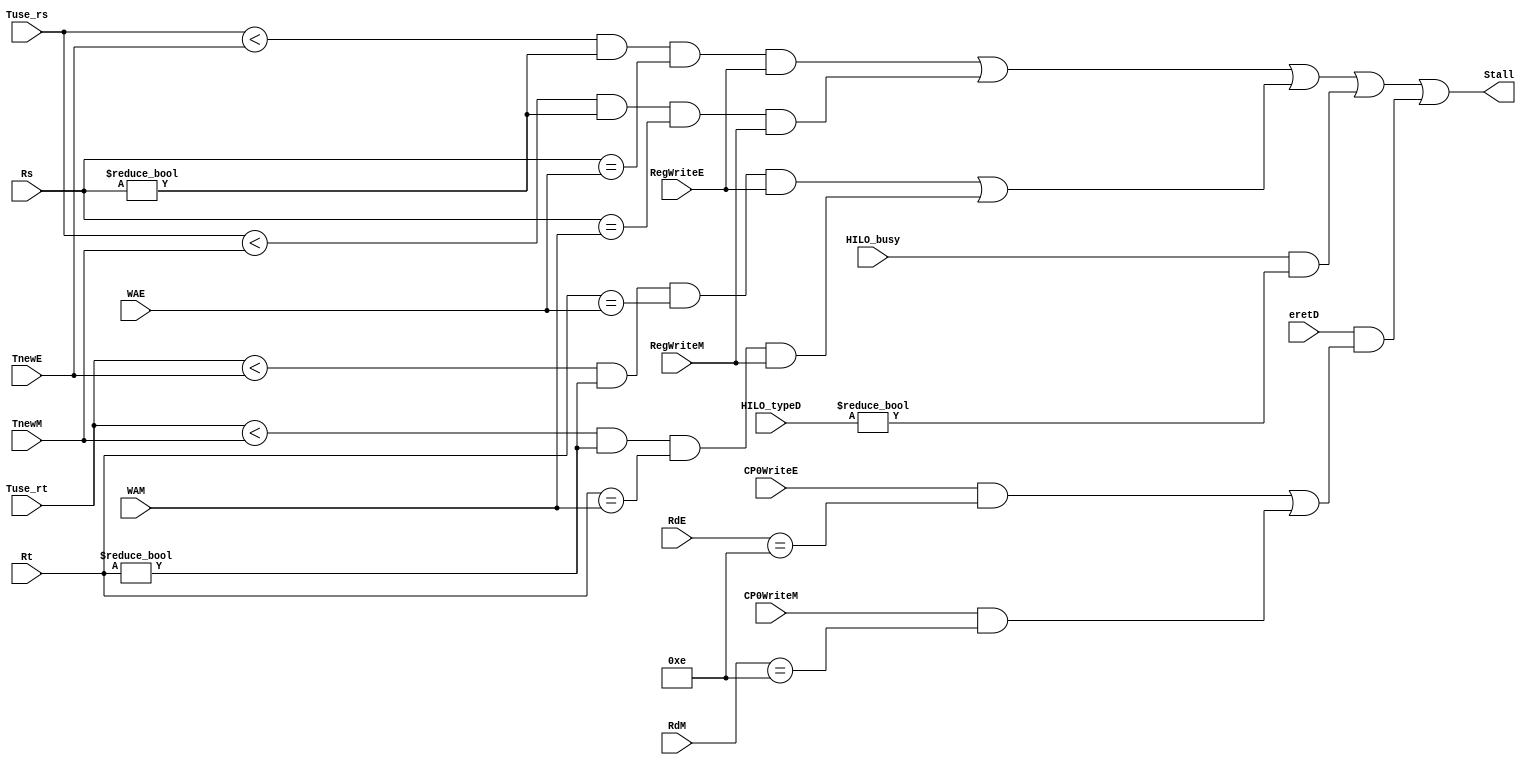
`timescale 1ns / 1ps
//////////////////////////////////////////////////////////////////////////////////
// Company: 
// Engineer: 
// 
// Design Name: 
// Module Name:    SJudge 
// Project Name: 
// Target Devices: 
// Tool versions: 
// Description: 
//
// Dependencies: 
//
// Revision: 
// Revision 0.01 - File Created
// Additional Comments: 
//
//////////////////////////////////////////////////////////////////////////////////
module SJudge(
	input eretD,
	input CP0WriteE,
	input CP0WriteM,
	input [4:0] RdE,
	input [4:0] RdM,
	
	input [4:0] Rs,
	input [4:0] Rt,
	input [4:0] WAE,
	input [4:0] WAM,
	input HILO_busy,
	input [3:0] HILO_typeD,
	input RegWriteE,
	input RegWriteM,
	input [1:0] TnewE,
	input [1:0] TnewM,
	input [1:0] Tuse_rs,
	input [1:0] Tuse_rt,
	output Stall
    );

	wire Stall_Rs_E, Stall_Rs_M;
	wire Stall_Rt_E, Stall_Rt_M;
	wire Stall_Rs, Stall_Rt;
	
	assign Stall_Rs_E = (Tuse_rs < TnewE) && (Rs != 0) && (Rs == WAE) && RegWriteE;
	assign Stall_Rs_M = (Tuse_rs < TnewM) && (Rs != 0) && (Rs == WAM) && RegWriteM;
	assign Stall_Rs = Stall_Rs_E | Stall_Rs_M;
	
	assign Stall_Rt_E = (Tuse_rt < TnewE) && (Rt != 0) && (Rt == WAE) && RegWriteE;
	assign Stall_Rt_M = (Tuse_rt < TnewM) && (Rt != 0) && (Rt == WAM) && RegWriteM;
	assign Stall_Rt = Stall_Rt_E | Stall_Rt_M;
	
	assign Stall_HILO = (HILO_busy == 1'b1) && (HILO_typeD != 0);
	assign Stall_eret = eretD & ((CP0WriteE & (RdE == 5'd14)) || (CP0WriteM & (RdM == 5'd14)));
	// eret mtc0  EPC_reg
	
	assign Stall = Stall_Rs | Stall_Rt | Stall_HILO | Stall_eret;
	
endmodule